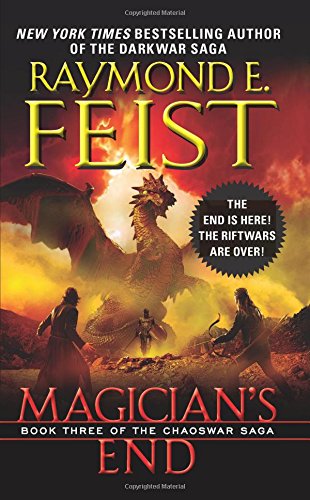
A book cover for Magician's End: Book Three of the Chaoswar Saga; Raymond E. Feist; Literature & Fiction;